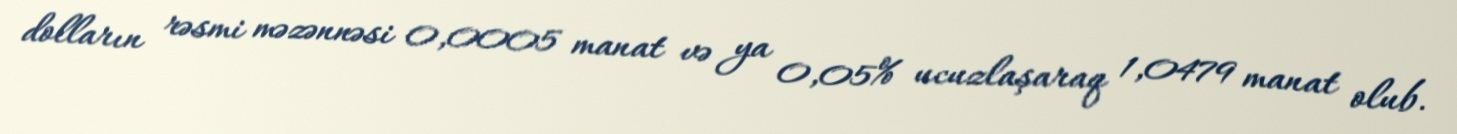
dolların rəsmi məzənnəsi 0,0005 manat və ya 0,05% ucuzlaşaraq 1,0479 manat olub.